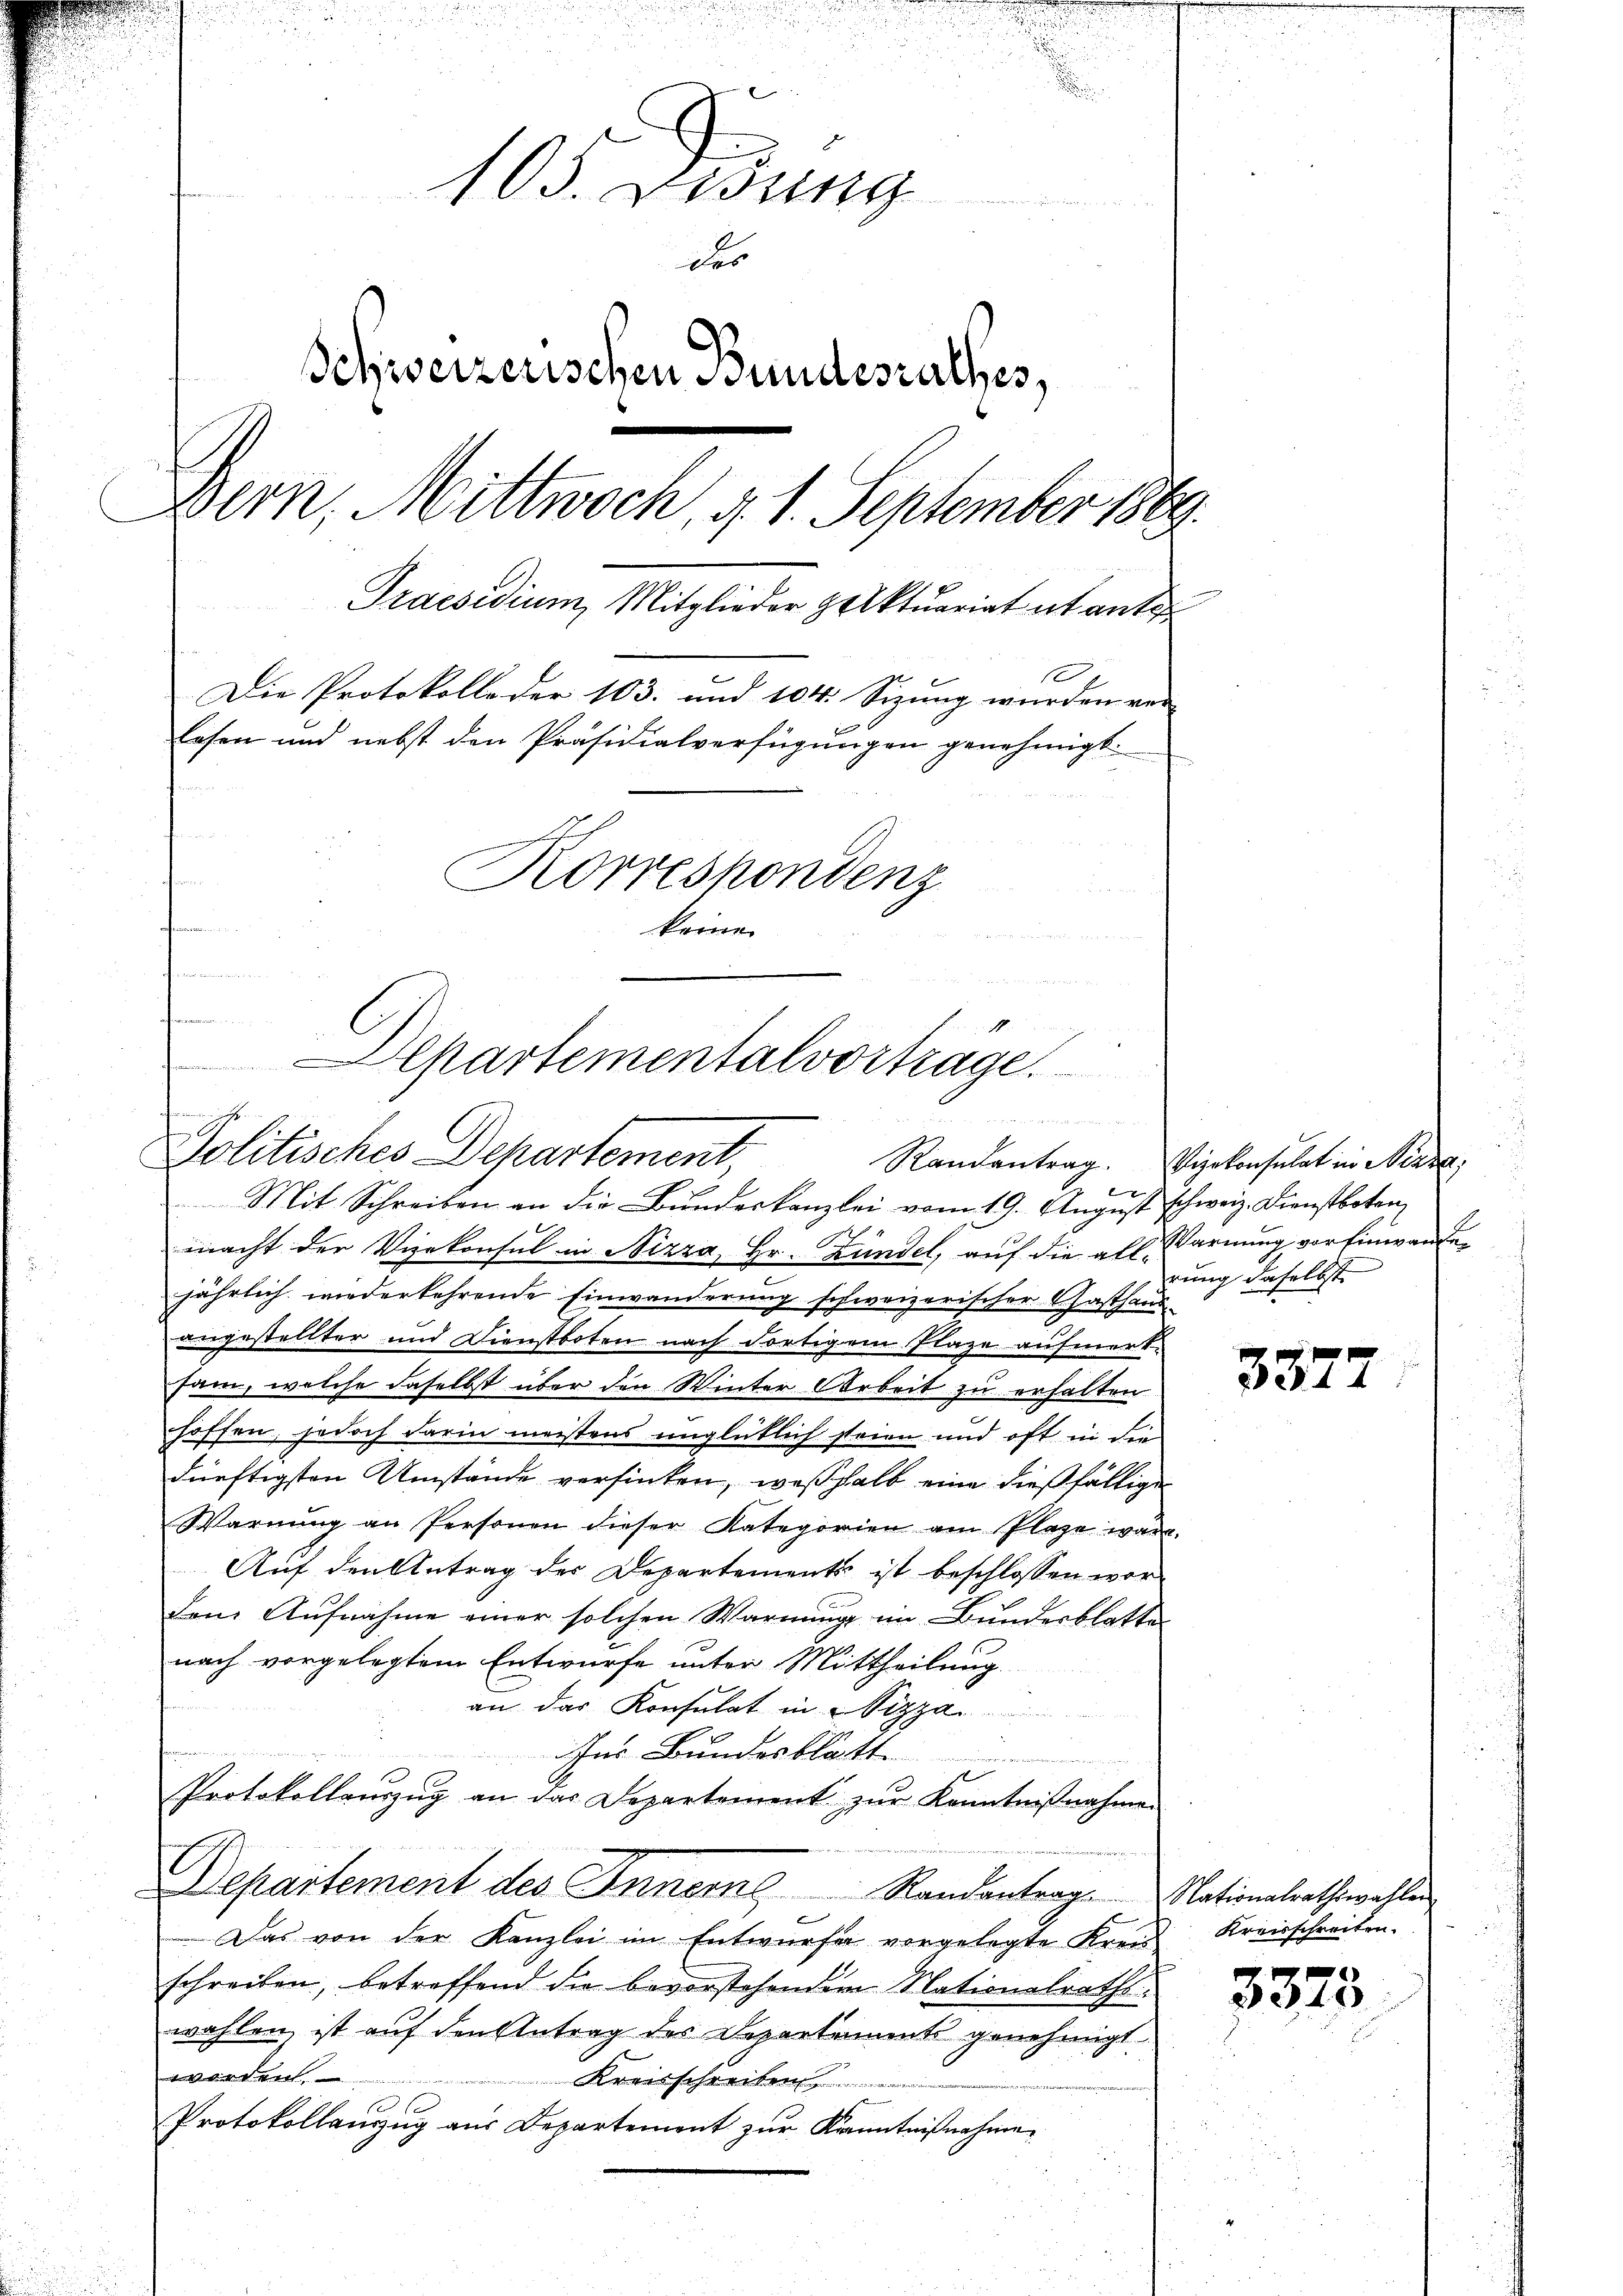
.
103. Lesung
der
Schweizerischen Bundesrathes,
Bern, Mittwoch, d. 1. September 1889.
Praesidium, Mitglieder Helktuariat et ante
Die Protokolle der 103. und 104. Sizung wurden ver-
lesen und nebst den Präsidialverfügungen genehmigt.

Korreshondenz
aciscation
keine
t

he
Alpartementalvorträge.

Politisches Departement,

Mit Schreiben an die Bŭndeskanzlei vom 19. Aŭgŭst schweiz. Dienstboten,
macht der Vizekonsul in Nizza, Hr. Kundel, auf die all. Warnung vor Einwandejährlich wiederkehrende Einwanderung schweizerischer Gasthaus-
angestellter und Dienstboten nach dortigem Plaze aufmerksam, welche daselbst über den Winter Arbeit zu erhalten
hoffen, jedoch darin meistens unglücklich steien und oft in die
dürftigsten Umstände versinken, weßhalb eine dießfälligen
Warnŭng an Personen dieser Kategorien am Plaze wäre.
Auf den Antrag des Departements ist beschlossen wor-
den Aufnahme einer solchen Warnung im Bundesblatten
nach vorgelegtem Entwurfe unter Mittheilung
an das Konsulat in Pizza
hann von
Ins Bundesblatt.
.
Protokollaŭszŭg an das Departement zŭr Kenntnißnahmen
Departement des Inners Randantrag. Nationalrathswahlen
b
Das von der Kanzlei im Entwurfe vorgelegte Kreis
schreiben, betreffend die bevorstehendem Nationalrathswahlen, ist auf den Antrag des Departement genehmigt
earten
Kreisschreiben
1
Protokollauszug aus Departement zur Kenntnißnahme

Randantrag. Vizekonsulat in Nizza,
rung daselbst

3377

Kreisschreiten.

3373